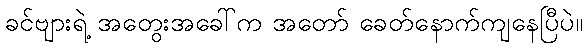
ခင်ဗျားရဲ့ အတွေးအခေါ်က အတော် ခေတ်နောက်ကျနေပြီပဲ။